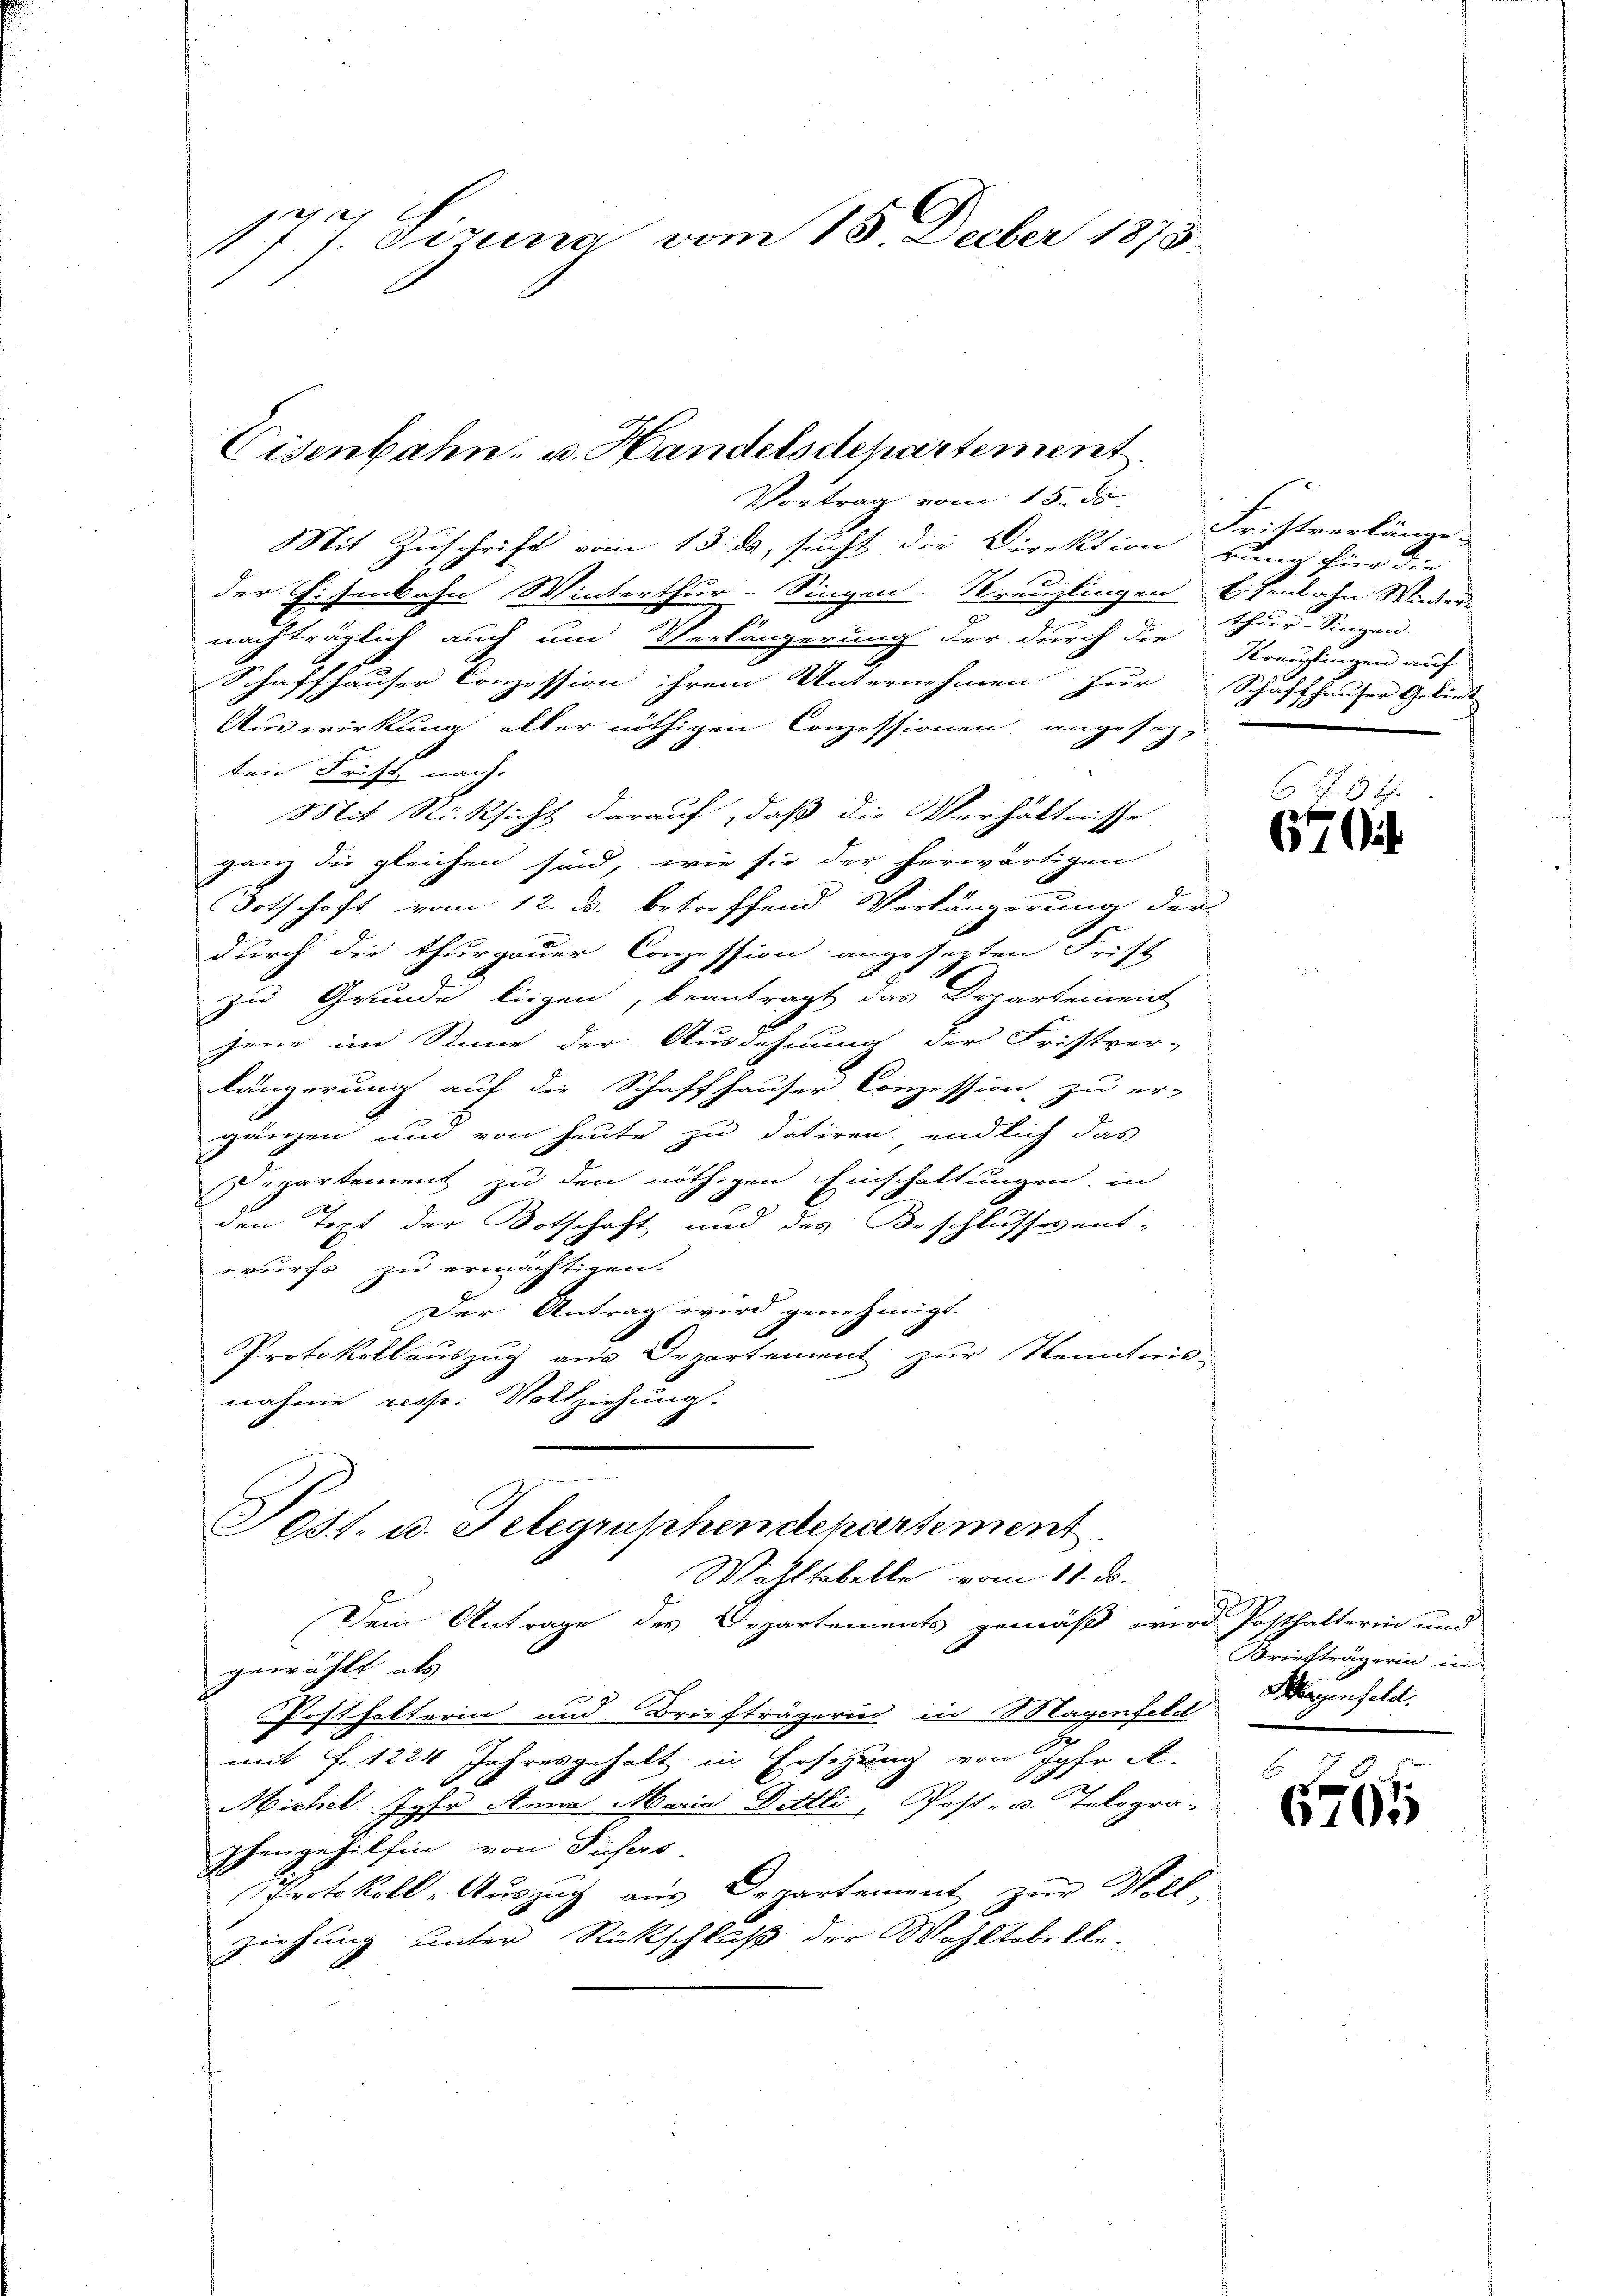
177. Sizung vom 15. Decber 1873.

Eisenbahn- u. Handelsdepartement.

Vortrag vom 15. ds.
Mit Zuschrift vom 13. ds, sucht die Direktion bung für die
der Eisenbahn Winterthur–Singen-Kreuzlingen Eisenbahn Winter-
nachträglich auch um Verlängerung der durch die
Schaffhauser Conzession ihrem Unternehmen zur
Auswirkung aller nöthigen Conzessionen, angesezten Frist nach
Mit Rücksicht darauf, daß die Verhältnisse
ganz die gleichen sind, wie sie der herwärtigen
Botschaft vom 12. ds. betreffend Verlängerung der
durch die thurgauer Conzession angesezten Frist
zu Grunde liegen, beantragt das Departement
jene im Stime der Ausdehnung der Fristver-
längerung auf die Schaffhauser Conzession zu er-
gänzen und von heute zu datiren, endlich das
Departement zu den nöthigen Einschaltungen, in
den Text der Botschaft und des Beschlussesent-
wurfs zu ermächtigen.
Der Antrag wird genehmigt.
Protokollauszug aus Departement zur Kenntnis-
nahme resse. Vollziehung.

Dem Antrage des Departements gemäß wird Posthalterin und
gewählt, als
Posthalterin und Briefträgerin in Magenfeld
g
mit f. 1224 Jahresgehalt in Ersezung von Jahr A
A
Michel Jahr Anna Maria Dittli, Post- u. Telegra-
phengehilfen von Fasers.
Protokoll - Auszug aus Departement zur Voll-
ziehung unter Rückschluß der Wohltabelle-

Post. u. Telegraphendepartement
Wahltabelle vom 11. ds.

Fristverlänge.
thur–Singen.
Kreuzingen auf
Schaffhauser Gebiet

6 40 x
670

Briefträgerin in
Hayenfeld.

6761